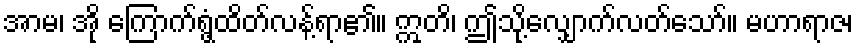
အာမ၊ အို ကြောက်ရွံ့ထိတ်လန့်ရာ၏။ ဣတိ၊ ဤသို့လျှောက်လတ်သော်။ မဟာရာဇ၊